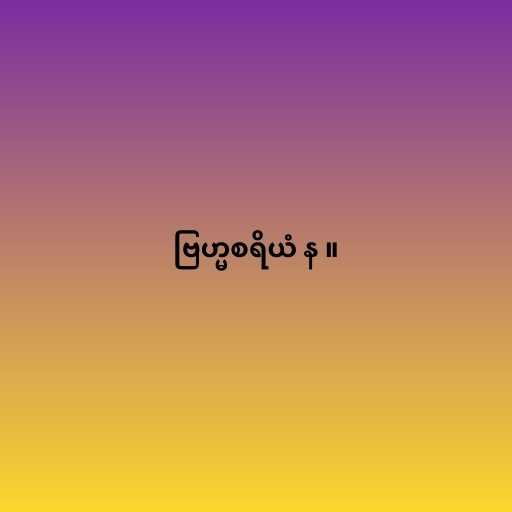
ဗြဟ္မစရိယံ န ။